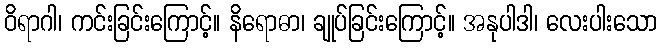
ဝိရာဂါ၊ ကင်းခြင်းကြောင့်။ နိရောဓာ၊ ချုပ်ခြင်းကြောင့်။ အနုပါဒါ၊ လေးပါးသော